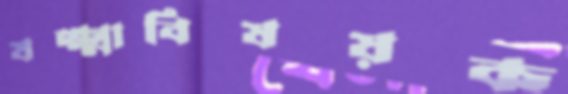
যক্ষ্মাবিষয়ক